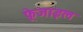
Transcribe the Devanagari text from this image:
फ़्रेजाइल